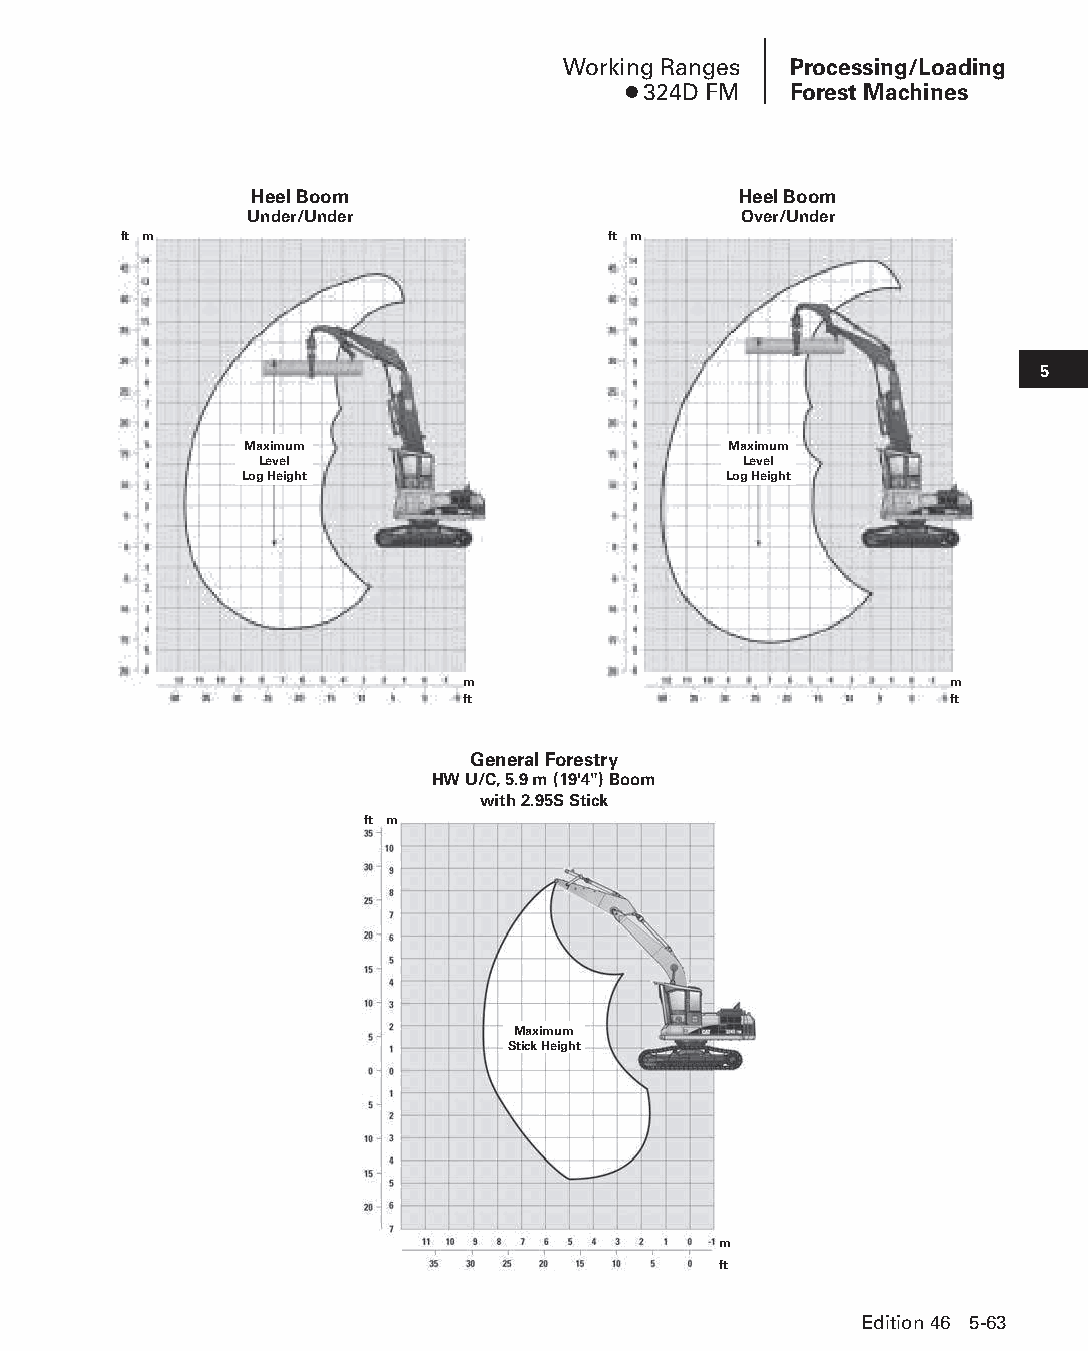
Working Ranges Processing/Loading
 ● 324D FM  Forest Machines
 Heel Boom                       Heel Boom
 Under/Under                     Over/Under
 ft m                             ft m
 5
 Maximum                         Maximum
 Level                            Level
 Log Height                      Log Height
 m                               m
 ft                              ft
 General Forestry
 HW U/C, 5.9 m (19'4") Boom
 with 2.95S Stick
 ft m
 Maximum
 Stick Height
 m
 ft
 Edition 46 5-63
 PPHHBB--SSeecc0055--1166..iinndddd 6633                        1122//44//1155 22::1188 PPMM